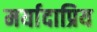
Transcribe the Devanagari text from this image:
मर्यादाप्रिय